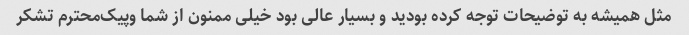
مثل همیشه به توضیحات توجه کرده بودید و بسیار عالی بود خیلی ممنون از شما و‌پیک‌محترم تشکر